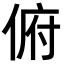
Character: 俯